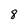
Character: 8